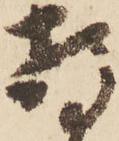
特